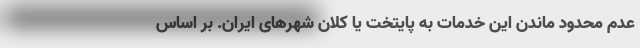
عدم محدود ماندن این خدمات به پایتخت یا کلان شهرهای ایران. بر اساس